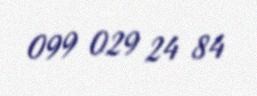
099 029 24 84